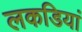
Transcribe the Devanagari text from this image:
लकडियां